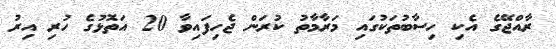
ރާއްޖޭގެ އެކި ހިސާބުތަކުގައި މަރާމާތު ކުރަން ޖެހިފައިވާ 20 އަތޮޅުގެ ހުރި އިރު